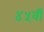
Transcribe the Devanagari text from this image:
४५वीं